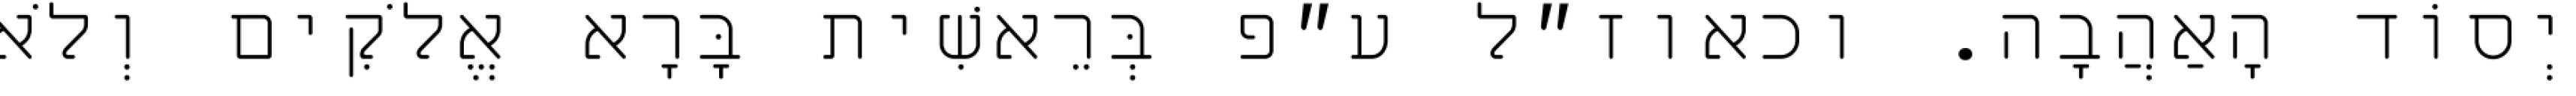
יְסוֹד הָאַהֲבָה. וכאוז״ל ע״פ בְּרֵאשִׁית בָּרָא אֱלֹקִים וְלֹא